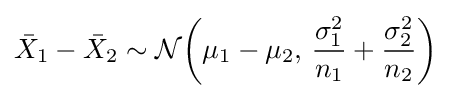
{\bar {X}}_{1}-{\bar {X}}_{2}\sim {\mathcal {N}}\!\left(\mu _{1}-\mu _{2},\,{\frac {\sigma _{1}^{2}}{n_{1}}}+{\frac {\sigma _{2}^{2}}{n_{2}}}\right)